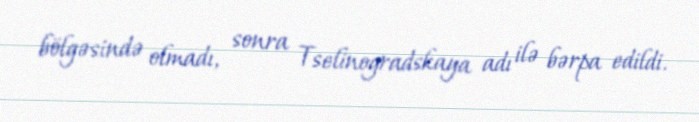
bölgəsində olmadı, sonra Tselinogradskaya adı ilə bərpa edildi.